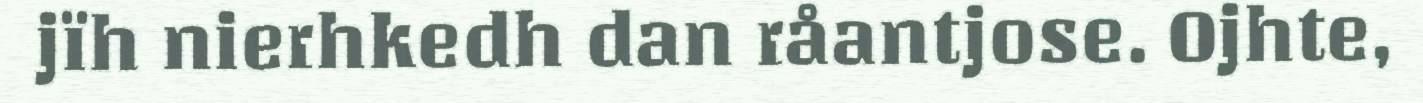
jïh nierhkedh dan råantjose. Ojhte,